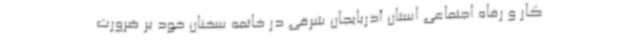
کار و رفاه اجتماعی استان آذربایجان شرقی در خاتمه سخنان خود بر ضرورت